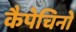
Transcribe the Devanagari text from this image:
कैपेचिनो